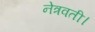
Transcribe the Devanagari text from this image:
नेत्रवती।